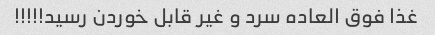
غذا فوق العاده سرد و غیر قابل خوردن رسید!!!!!